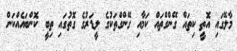
މާލޭގައި އޮތީ ކިތައް ގޭންގްތައް ކަމާއި ގޭންގްތަކުގެ ލީޑަރުގެ ގޮތުގައި ތިބީ ކޮންބައެއްކަން